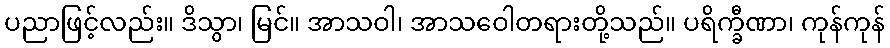
ပညာဖြင့်လည်း။ ဒိသွာ၊ မြင်။ အာသဝါ၊ အာသဝေါတရားတို့သည်။ ပရိက္ခီဏာ၊ ကုန်ကုန်